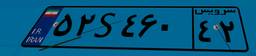
۵۲S۴۶۰۴۲